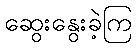
ဆွေးနွေးခဲ့ကြ